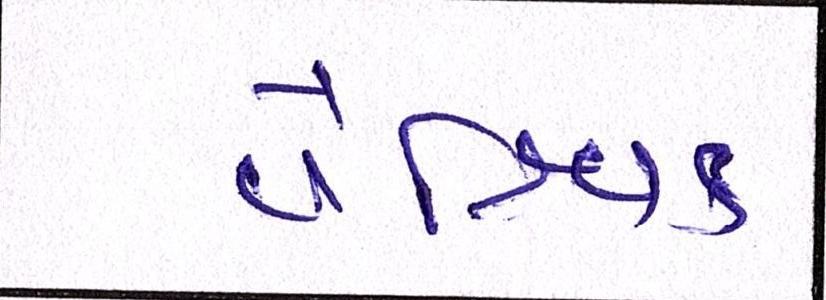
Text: વૈશ્વિક